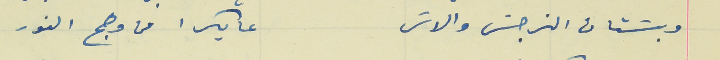
وبسَتان النرجسَ والاسَ                                              عا بكرا من وهج النور